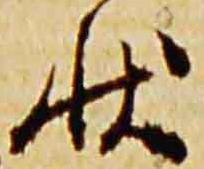
状